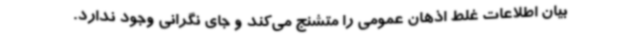
بیان اطلاعات غلط اذهان عمومی را متشنج می‌کند و جای نگرانی وجود ندارد.